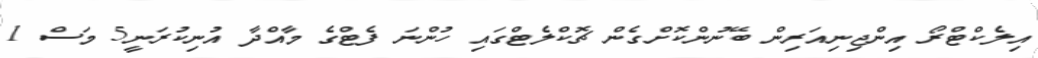
އިލެކްޓްރޯ އިންޖިނިއަރިން ބޭނުންކޮށްގެން ޗޮކްލެޓްގައި ހުންނަ ފެޓްގެ މާއްދާ އުނިކުރަނީ5 މަސް 1